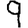
Digit: 9